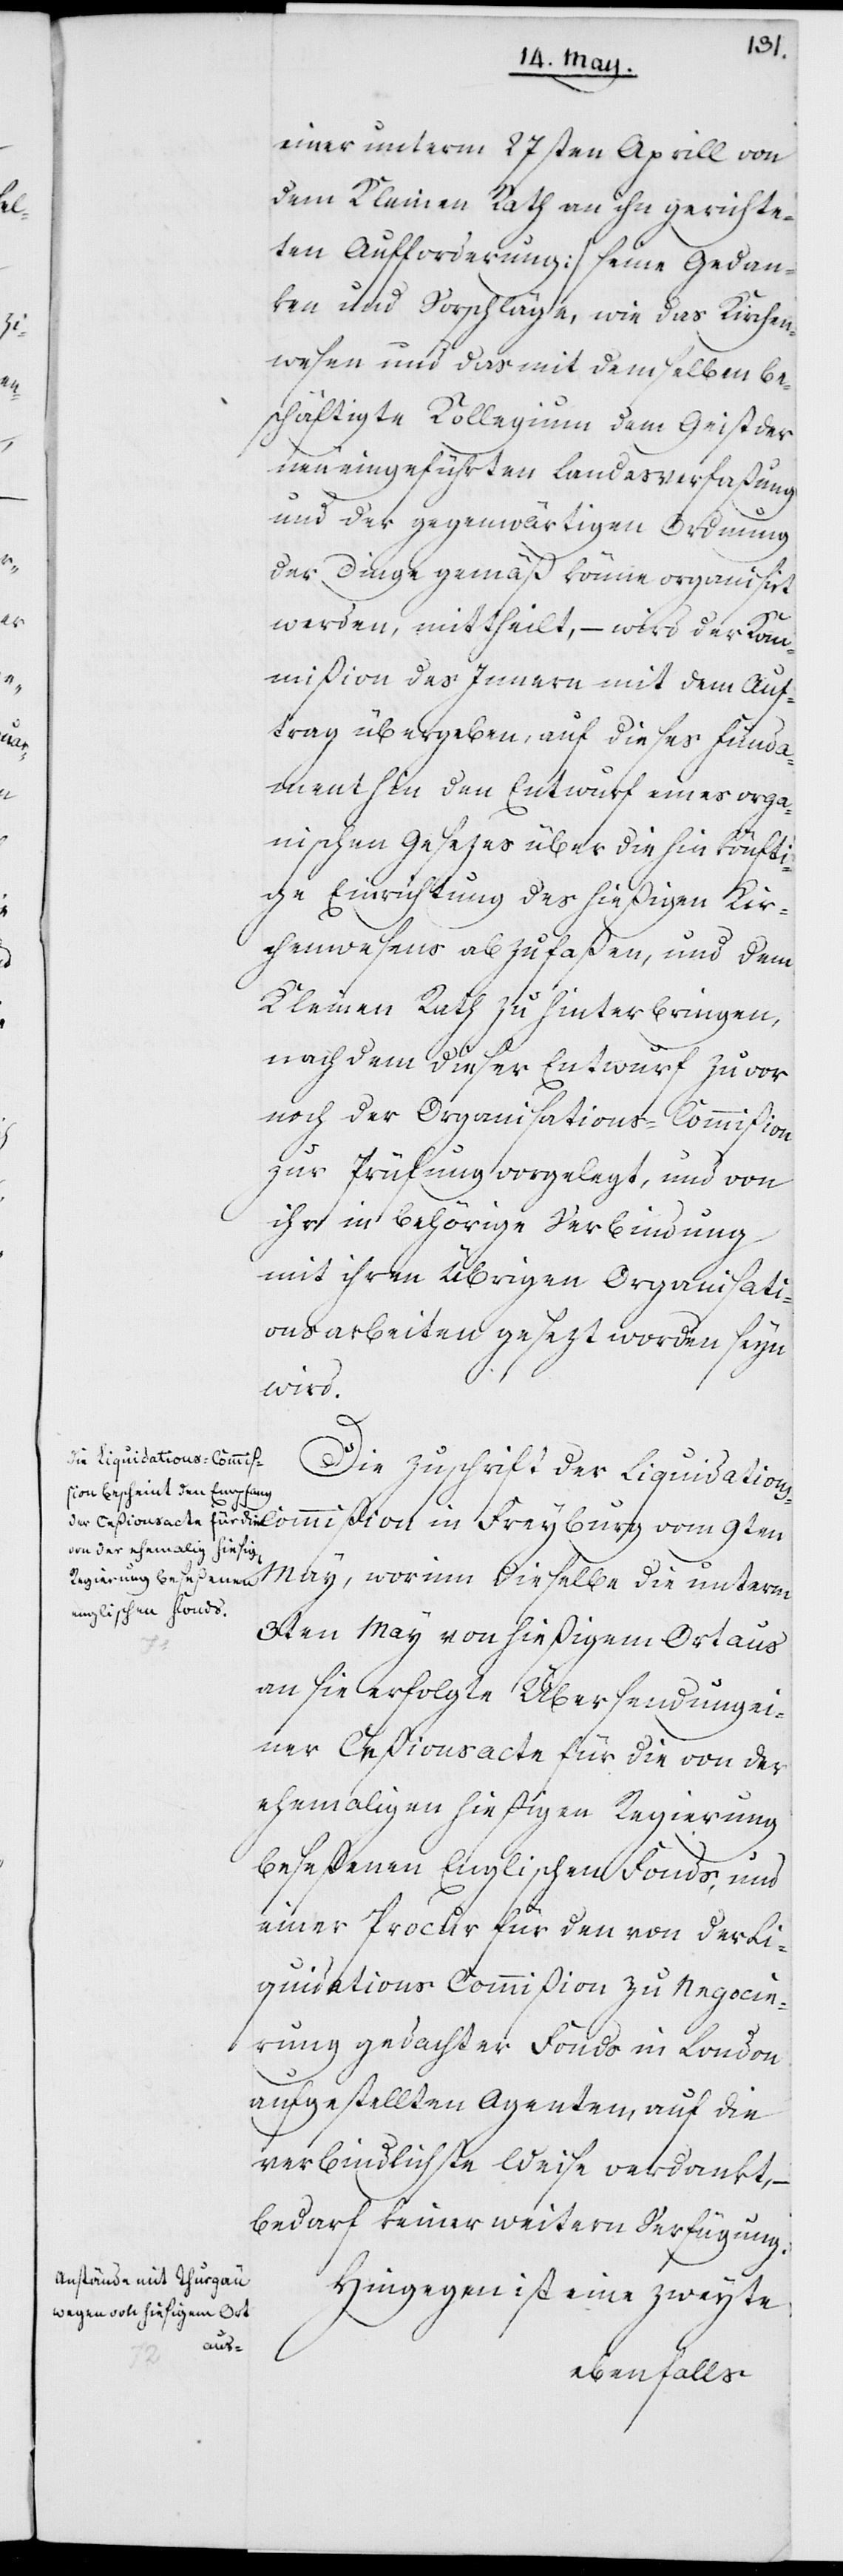
einer unterm 27sten Aprill von
dem Kleinen Rath an ihn gerichte¬
ten Aufforderung) seine Gedan¬
ken und Vorschläge, wie das Kirchen¬
wesen und das mit demselben be¬
schäftigte Kollegium dem Geist der
neu eingeführten Landesverfaßung
und der gegenwärtigen Ordnung
der Dinge gemäß könne organisirt
werden, mittheilt, – wird der Kom¬
mißion des Innern mit dem Auf¬
trag übergeben, auf dieses Fund¬
ament hin den Entwurf eines orga¬
nischen Gesezes über die hinkönfti¬
ge Einrichtung des hießigen Kir¬
chenwesens abzufaßen, und dem
Kleinen Rath zu hinterbringen,
nachdem dieser Entwurf zuvor
noch der Organisations-Commißion
zur Prüfung vorgelegt, und von
ihr in behörige Verbindung
mit ihren übrigen Organisati¬
onsarbeiten gesezt worden seyn
wird.
Die Zuschrift der Liquidation¬
s-Commißion in Freyburg vom 9ten
May, worinn dieselbe die unterm
3ten May von hießigem Ort aus
an sie erfolgte Übersendung ei¬
ner Ceßionsacte für die von der
ehemaligen hießigen Regierung
beseßenen Englischen Fonds, und
einer Procur für den von der Li¬
quidations-Commißion zu Negocie¬
rung gedachter Fonds in London
aufgestellten Agenten, auf die
verbindlichste Weise verdankt, –
bedarf keiner weiteren Verfügung.
Hingegen ist eine zweyte